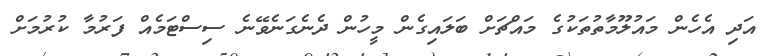
އަދި އެހެން މައުލޫމާތުތަކުގެ މައްޗަށް ބަލައިގެން މީހުން ދެނެގަނެވޭނެ ސިސްޓަމެއް ފަރުމާ ކުރުމަށް